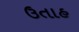
ઉતાહ